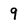
Character: 9